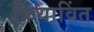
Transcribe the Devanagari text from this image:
क्रियाविंत